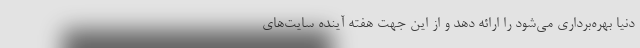
دنیا بهره‌برداری می‌شود را ارائه دهد و از این جهت هفته آینده سایت‌های